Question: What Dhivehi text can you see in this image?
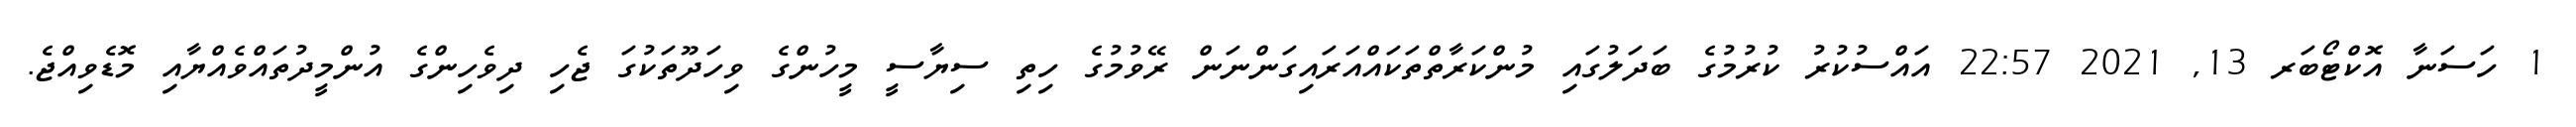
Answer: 1 ހަސަނާ އޮކްޓޯބަރ 13, 2021 22:57 އައްސުކުރު ކުރުމުގެ ބަދަލުގައި މުންކަރާތްތަކައްއަރައިގަންނަން ރޭވުމުގެ ހިތި ސިޔާސީ މީހުންގެ ވިހަދޫތަކުގަ ޖެހި ދިވެހިންގެ އުންމީދުތައްވެއްޔާއި މޮޑެވިއްޖެ.